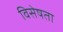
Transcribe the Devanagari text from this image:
विसेषता